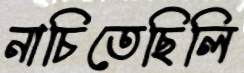
নাচিতেছিলি